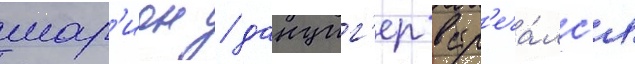
мар'ион / данциг'ер встр'еча́лс'я